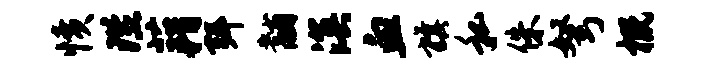
愤陛藉弭黼溟血旗私侏弩概